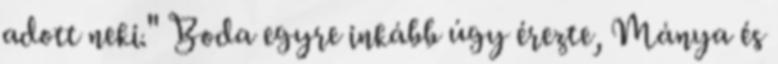
adott neki." Boda egyre inkább úgy érezte, Mánya és